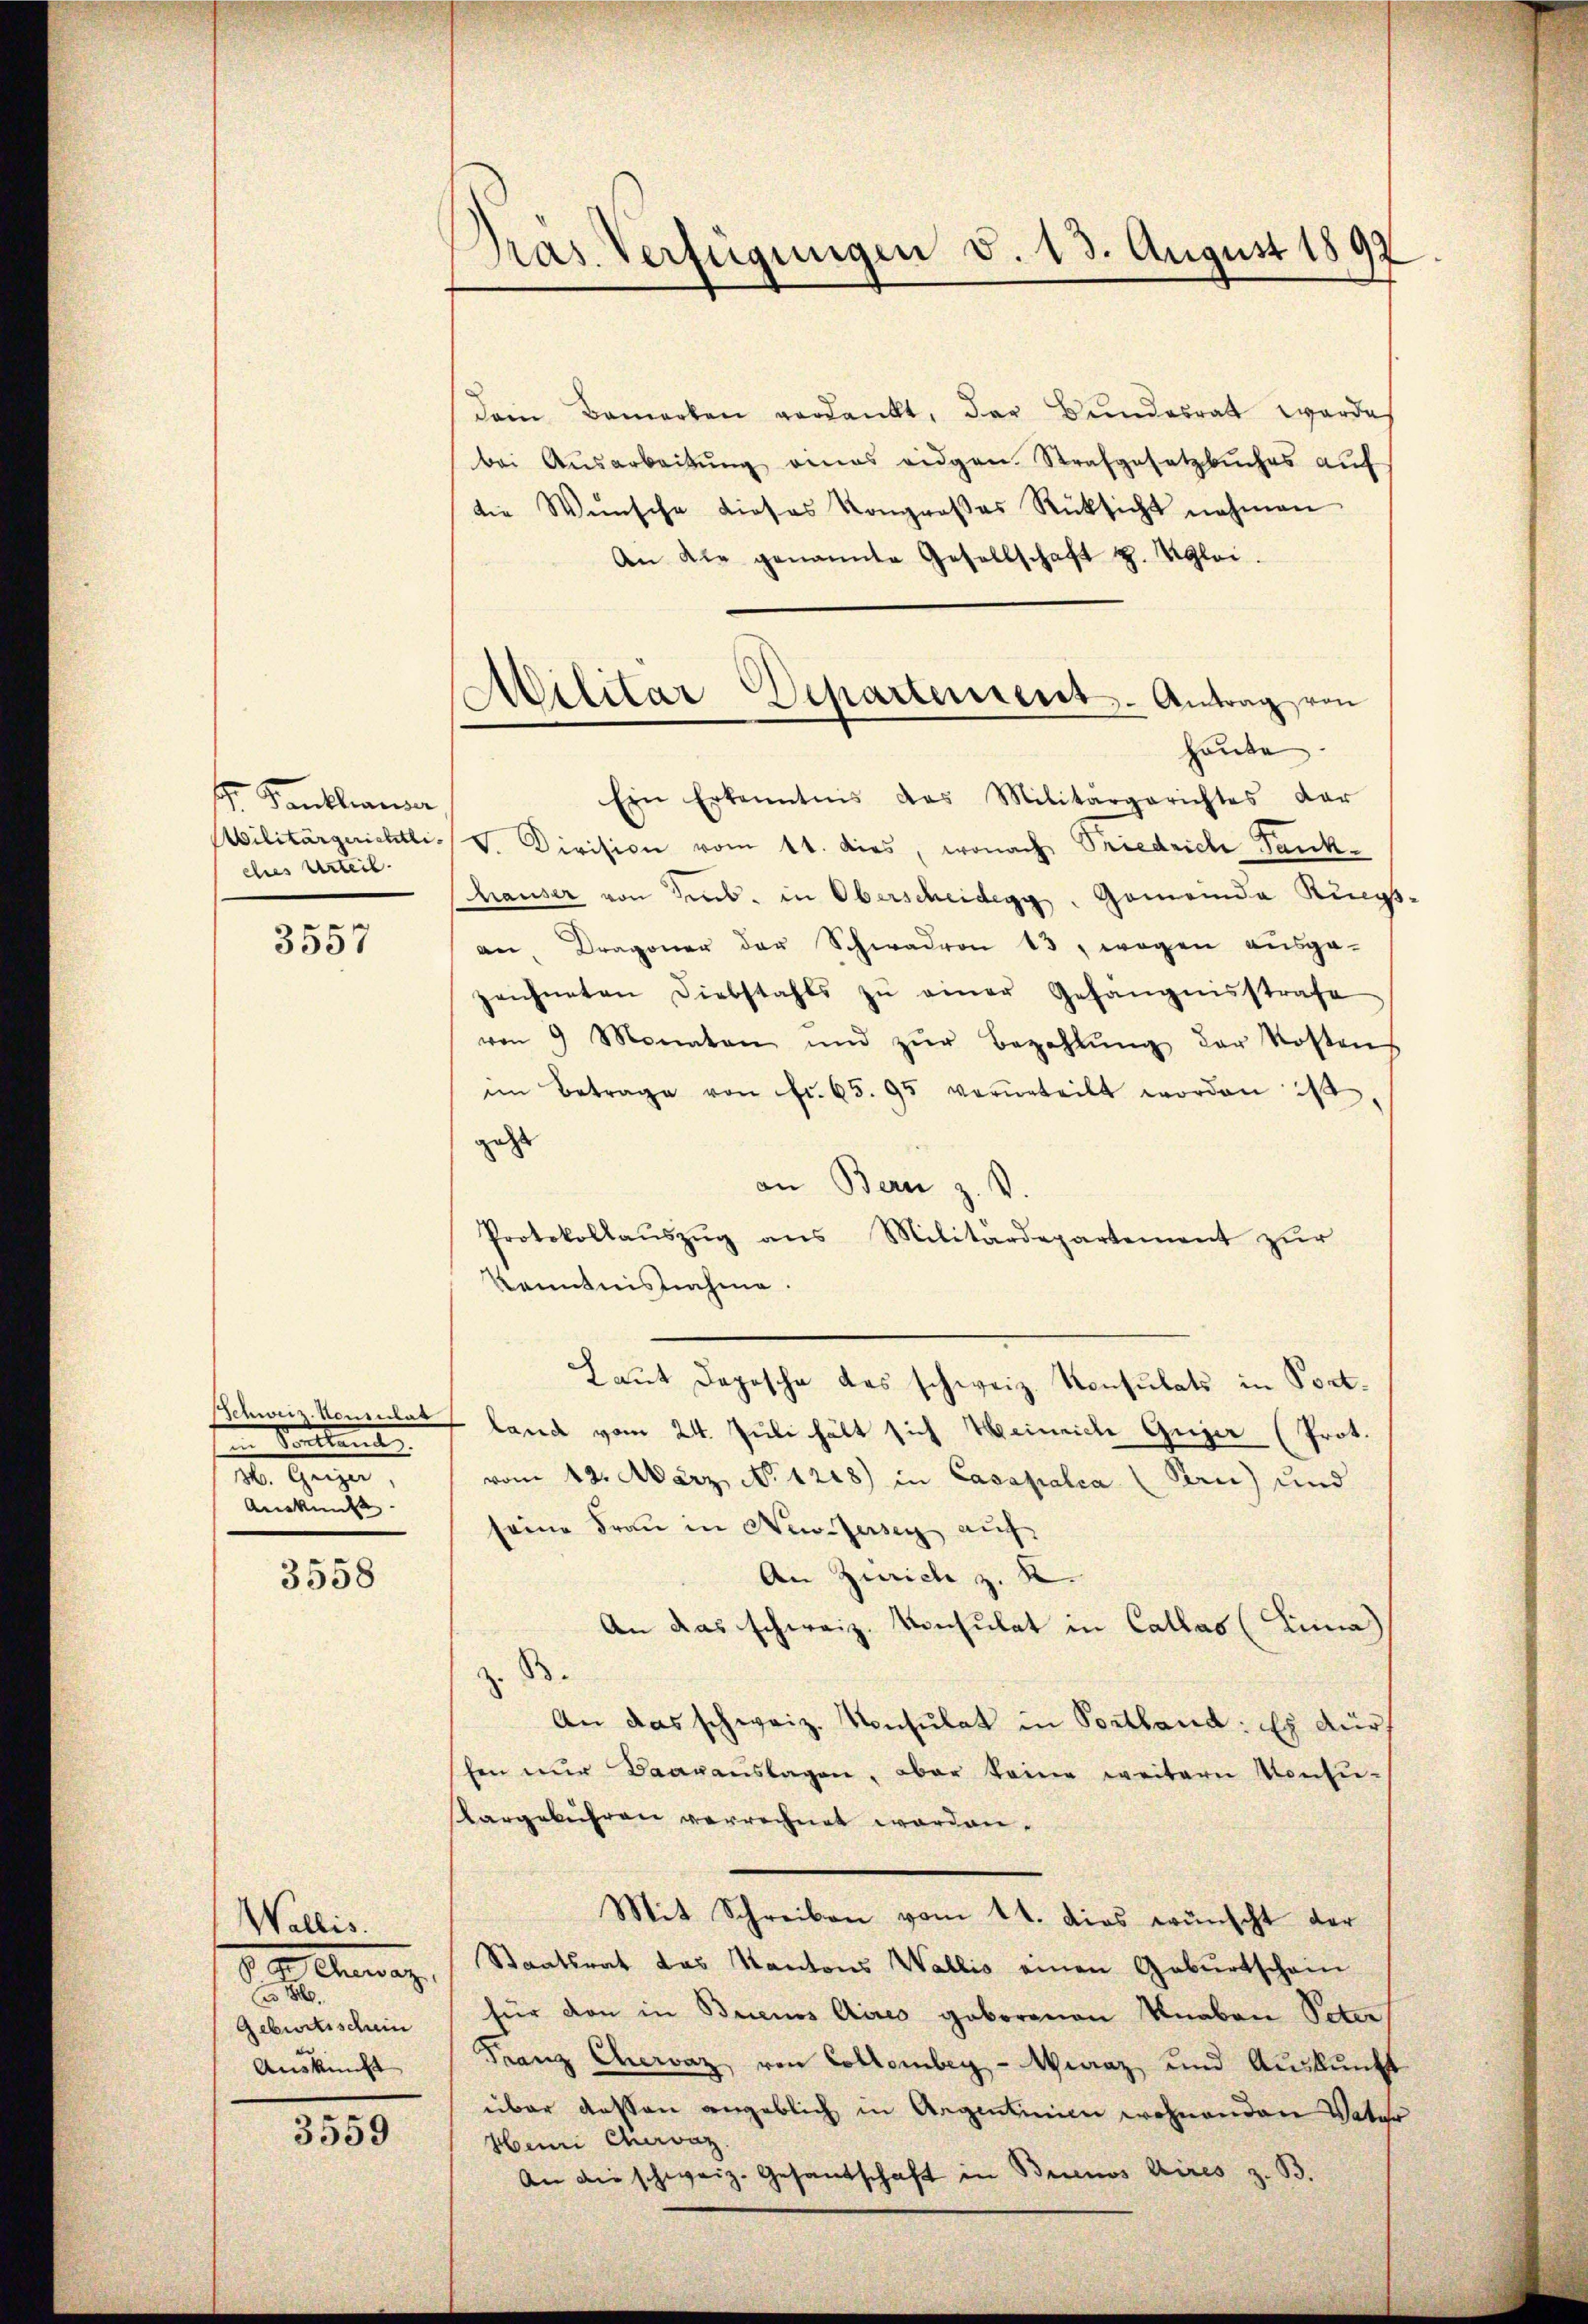
Fanklausa
Wilitärgerichtli
ches Urteil.

3557

Schweiz. Konsulat
 Karten
18. Gegen
Auskunft. |

3558

Wallis.
d. d. Eberlange
 86.
Geburtsschein
Auskunft

3559

Pras. Verfügungen d. 13. August 1892

)
Militar Separtement. Antrag von

Dein Bemerken verdankt, der Bundesrat werde
bei Ausarbeitŭng eines eidgen. Strafgesetzbuches aŭf
die Wünsche dieses Kongroßes Rücksicht nehmen
An die genannte Gesellschaft z. glei
haute
Ein Erkenntnis das Militärgerichtes dar
v. Division vom 11. dies, wonach Friedrich Dank-
hauser von Seb. in Oberscheidegg. Gemeinde Rings,
an. Dragoner der Schwadron 13, wogen aŭsge-
zeichneten Diebstahls zŭ einer Gefängnisstrafe
von 9 Monaten und zŭr Bezahlŭng der Kostens
im Betrage von Fr. 65. 95 verurteilt worden ist
geht
an Beren z.
Protokollaŭszŭg ans Militärdepartement zur
Kenntnisnahme
Laut Depesche das schweiz. Konsulats in Portland vom 24. Juli hält sich Heinrich Gujer (Prot.
vom 12. März, No 1218) in Casapalia (Prii) und
seine Frau in New-Jersey, auf
An Zürich z. R.
An das schweiz. Konsulat in Callas (Einna
.
An das schweiz. Konsulat in Portland: Es dürf
fen nŭr Baarauslagen, aber keine weitern Konsu-
Kargebühren verrechnet worden.
Mit Schreiben vom 11. dies wünscht der
Staatsrat das Kantons Wallis einen Geburtschein
für den in Buenos Aires geborenen Knaben Peter
Franz Chervaz von Collember - Miraz und Auskunft
über dessen angeblich in Argentine wohnenden Vater
Henri Charvaz
An die schweiz. Gesandschaft in Buenos Aires z. B.